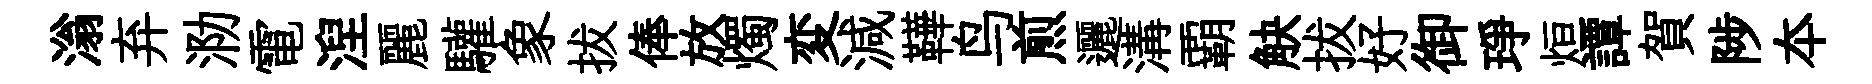
滃弃泐電湼麗驩象拔俸放燭変減鞾鸟煎邐溝覇觖拔好御琤烜譚賀陟夲